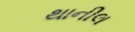
થાનીલ